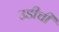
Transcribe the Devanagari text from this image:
उडीची